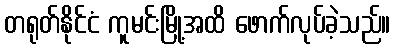
တရုတ်နိုင်ငံ ကူမင်းမြို့အထိ ဖောက်လုပ်ခဲ့သည်။